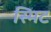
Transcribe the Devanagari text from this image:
स्मिट